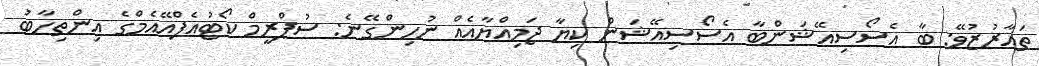
ތައާރުޒުވޭ: ބާ އެސޯސިއޭޝަންބާ އެސޯސިއޭޝަން ކިޔާ ޖަމިއްޔާއެއް ނުހިންގޭނެ: ސުޕްރީމް ކޯޓުއެފްއޭއެމްގެ އިންތިހާބު